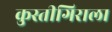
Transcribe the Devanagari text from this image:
कुस्तीगिराला